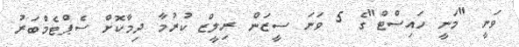
ވަނީ "މަނީ ހައިސްޓް"ގެ 5 ވަނަ ސީޒަން ރިލީޒް ކުރުމާ ދިމާކޮށް ސެޕްޓެމްބަރު